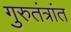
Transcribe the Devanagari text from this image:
गुरुतंत्रांत